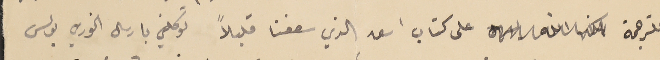
للترجمة على كتاب اسعد الذي سعفنا قليلاً توكلني بارسال الخوري بولس